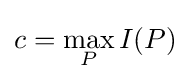
\displaystyle c=\max _{P}I(P)